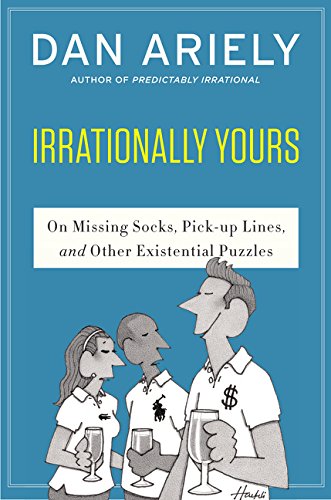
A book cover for Irrationally Yours: On Missing Socks, Pickup Lines, and Other Existential Puzzles; Dan Ariely; Medical Books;